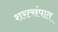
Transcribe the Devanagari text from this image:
शरत्संपात